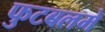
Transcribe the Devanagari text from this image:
फुटबलमे